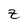
Character: z